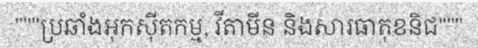
"""ប្រឆាំងអុកស៊ីតកម្ម, វីតាមីន និងសារធាតុខនិជ"""